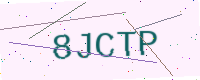
Text: 8JCTP